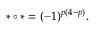
\ast \circ \ast = ( - 1 ) ^ { p ( 4 - p ) } .